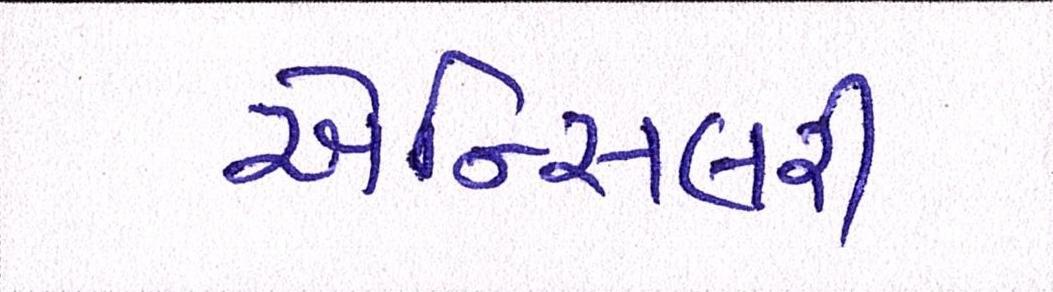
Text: એન્સિલરી